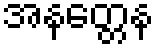
အနတ္တေန